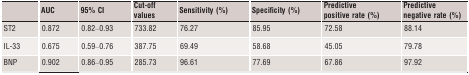
|  | AUC | 95% CI | Cut‐off values | Sensitivity (%) | Specificity (%) | Predictive positive rate (%) | Predictive negative rate (%) |
 | --- | --- | --- | --- | --- | --- | --- | --- |
 | ST2 | 0.872 | 0.82–0.93 | 733.82 | 76.27 | 85.95 | 72.58 | 88.14 |
 | IL‐33 | 0.675 | 0.59–0.76 | 387.75 | 69.49 | 58.68 | 45.05 | 79.78 |
 | BNP | 0.902 | 0.86–0.95 | 285.73 | 96.61 | 77.69 | 67.86 | 97.92 |